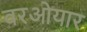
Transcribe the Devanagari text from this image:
वरओयार